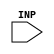
`timescale 1ns/1ps
`celldefine
module CLOAD1 (INP);
input INP;



endmodule
`endcelldefine